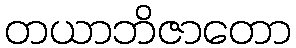
တယာဘိဇာတော